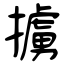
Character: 擄